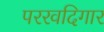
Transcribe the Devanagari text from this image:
पररवदिगार